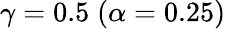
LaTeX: \gamma=0.5\; (\alpha=0.25)